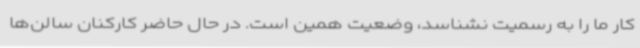
کار ما را به رسمیت نشناسد، وضعیت همین است. در حال حاضر کارکنان سالن‌ها